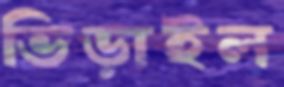
ভিড়াইল